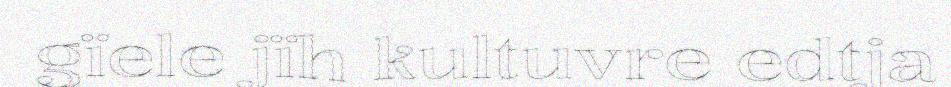
gïele jïh kultuvre edtja